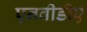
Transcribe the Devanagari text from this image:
एनवीडीए